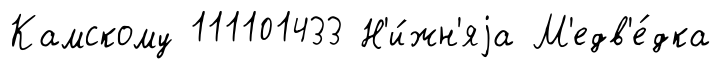
Камскому 111101433 Н'и́жн'яjа М'едв'е́дка